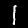
Label: 1